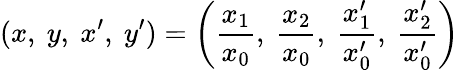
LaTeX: (x,\ y,\ x^{\prime},\ y^{\prime})=\left({\frac{x_{1}}{x_{0}}},\ {\frac{x_{2}}{x_{0}}},\ {\frac{x_{1}^{\prime}}{x_{0}^{\prime}}},\ {\frac{x_{2}^{\prime}}{x_{0}^{\prime}}}\right)